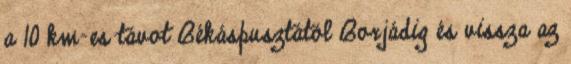
a 10 km-es távot Békáspusztától Borjádig és vissza az